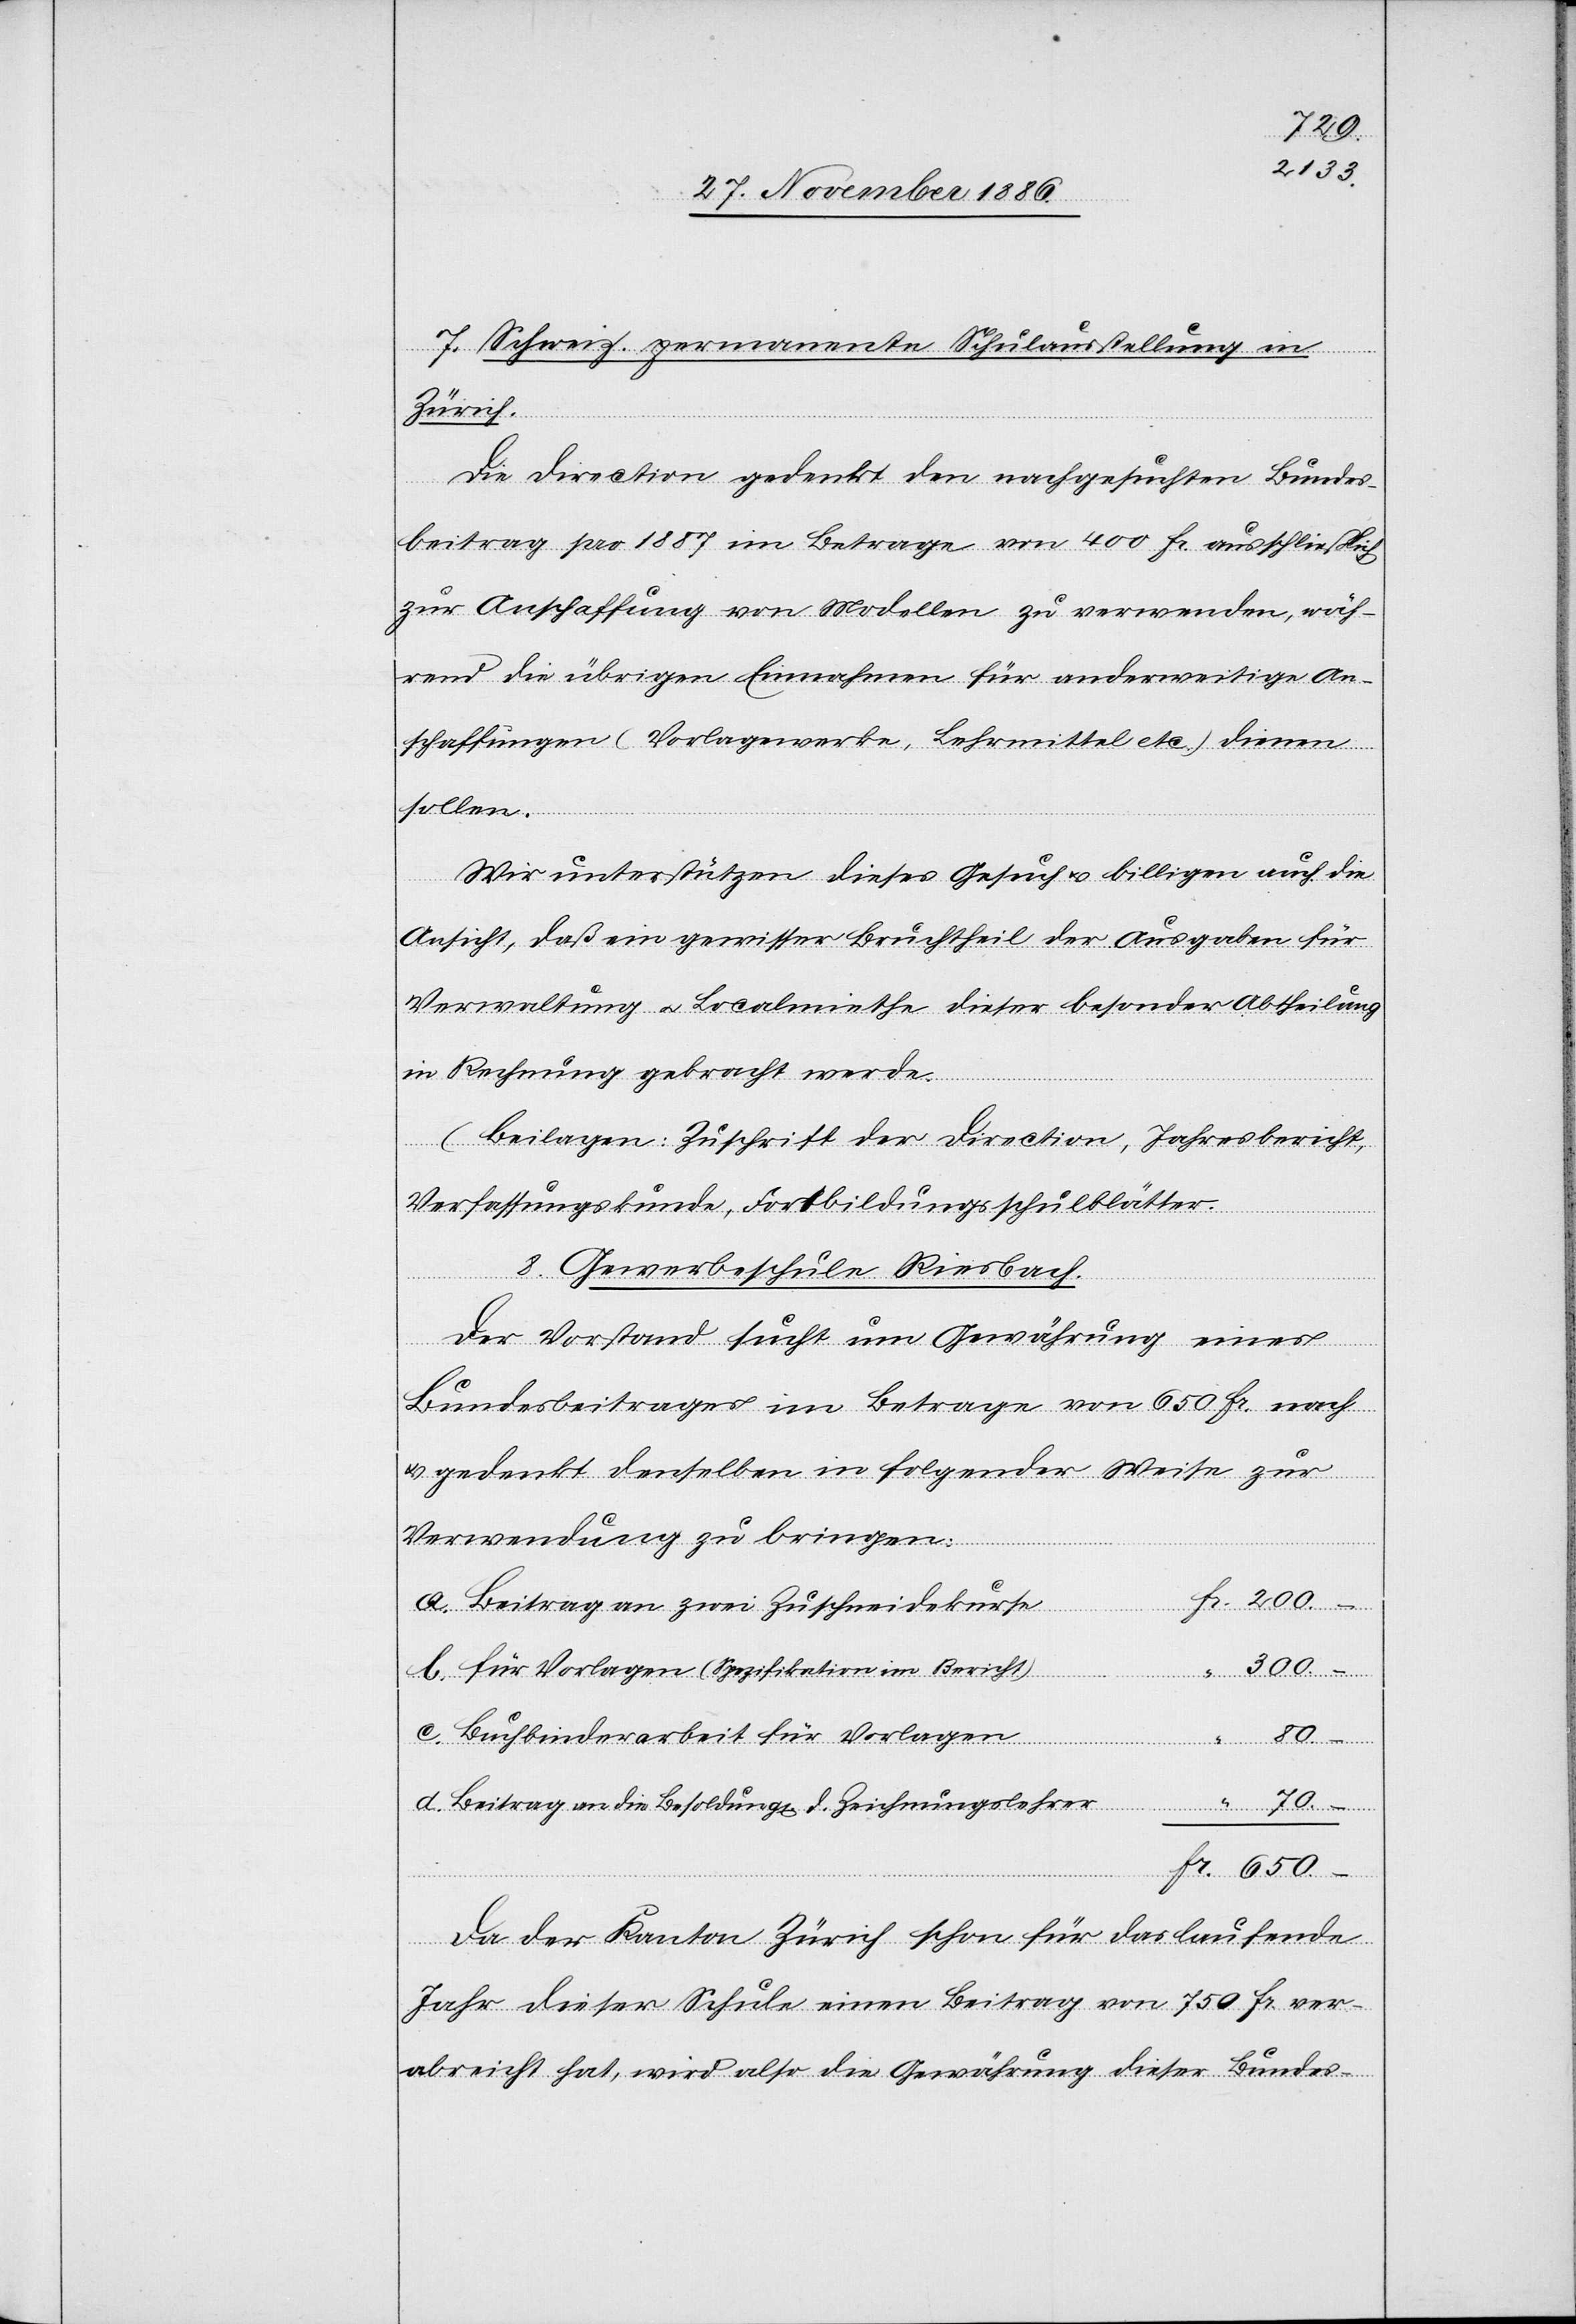
80.–
7. Schweiz. permanente Schulausstellung in
Zürich.
Die Direction gedenkt den nachgesuchten Bundes¬
beitrag pro 1887 im Betrage von 400 Fr. ausschließlich
zur Anschaffung von Modellen zu verwenden, wäh¬
rend die übrigen Einnahmen für anderweitige An¬
schaffungen (Vorlagewerke, Lehrmittel etc.) dienen
sollen.
Wir unterstützen dieses Gesuch & billigen auch die
Ansicht, daß ein gewisser Bruchtheil der Ausgaben für
Verwaltung & Localmiethe dieser besonder[n] Abtheilung
in Rechnung gebracht werde.
(Beilagen: Zuschrift der Direction, Jahresbericht,
Verfassungskunde, Fortbildungsschulblätter.[)]
8. Gewerbeschule Riesbach.
Der Vorstand sucht um Gewährung eines
Fr.
Bundesbeitrages im Betrage von 650 Fr. nach
& gedenkt denselben in folgender Weise zur
Verwendung zu bringen:
a. Beitrag an zwei Zuschneidekurse
b. für Vorlagen (Spezifikation im Bericht)
c. Buchbinderarbeit für Vorlagen
d. Beitrag an die Besoldung d. Zeichnungslehrer
650.–
Da der Kanton Zürich schon für das laufende
Jahr dieser Schule einen Beitrag von 750 Fr. ver¬
abreicht hat, wird also die Gewährung dieser Bundes-